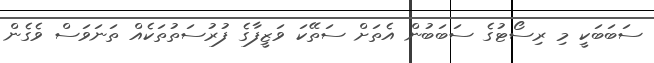
ސަބަބަކީ މި ރިސޯޓުގެ ސަބަބުން އެތަށް ސަތޭކަ ވަޒީފާގެ ފުރުސަތުތަކެއް ތަނަވަސް ވެގެން